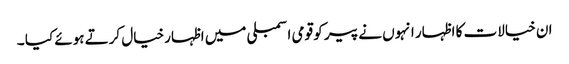
ان خیالات کا اظہار انہوں نے پیر کو قومی اسمبلی میں اظہارخیال کرتے ہوئے کیا ۔